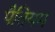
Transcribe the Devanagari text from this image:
पैतियम